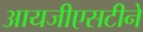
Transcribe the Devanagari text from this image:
आयजीएसटीने